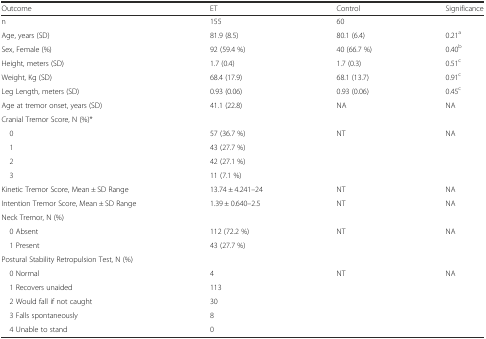
<table><thead><tr><td><b>Outcome</b></td><td><b>ET</b></td><td><b>Control</b></td><td><b>Significance</b></td></tr></thead><tbody><tr><td>n</td><td>155</td><td>60</td><td></td></tr><tr><td>Age, years (SD)</td><td>81.9 (8.5)</td><td>80.1 (6.4)</td><td>0.21<sup>a</sup></td></tr><tr><td>Sex, Female (%)</td><td>92 (59.4 %)</td><td>40 (66.7 %)</td><td>0.40<sup>b</sup></td></tr><tr><td>Height, meters (SD)</td><td>1.7 (0.4)</td><td>1.7 (0.3)</td><td>0.51<sup>c</sup></td></tr><tr><td>Weight, Kg (SD)</td><td>68.4 (17.9)</td><td>68.1 (13.7)</td><td>0.91<sup>c</sup></td></tr><tr><td>Leg Length, meters (SD)</td><td>0.93 (0.06)</td><td>0.93 (0.06)</td><td>0.45<sup>c</sup></td></tr><tr><td>Age at tremor onset, years (SD)</td><td>41.1 (22.8)</td><td>NA</td><td>NA</td></tr><tr><td colspan="4">Cranial Tremor Score, N (%)*</td></tr><tr><td> 0</td><td>57 (36.7 %) </td><td>NT</td><td>NA</td></tr><tr><td> 1</td><td>43 (27.7 %)</td><td></td><td></td></tr><tr><td> 2</td><td>42 (27.1 %)</td><td></td><td></td></tr><tr><td> 3</td><td>11 (7.1 %)</td><td></td><td></td></tr><tr><td>Kinetic Tremor Score, Mean ± SD Range</td><td>13.74 ± 4.241–24</td><td>NT</td><td>NA</td></tr><tr><td>Intention Tremor Score, Mean ± SD Range</td><td>1.39 ± 0.640–2.5</td><td>NT</td><td>NA</td></tr><tr><td colspan="4">Neck Tremor, N (%)</td></tr><tr><td> 0 Absent</td><td>112 (72.2 %)</td><td>NT</td><td>NA</td></tr><tr><td> 1 Present</td><td>43 (27.7 %)</td><td></td><td></td></tr><tr><td colspan="4">Postural Stability Retropulsion Test, N (%)</td></tr><tr><td> 0 Normal</td><td>4</td><td>NT</td><td>NA</td></tr><tr><td> 1 Recovers unaided</td><td>113</td><td></td><td></td></tr><tr><td> 2 Would fall if not caught</td><td>30</td><td></td><td></td></tr><tr><td> 3 Falls spontaneously</td><td>8</td><td></td><td></td></tr><tr><td> 4 Unable to stand</td><td>0</td><td></td><td></td></tr></tbody></table>